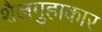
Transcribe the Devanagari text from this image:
शैलगुहाकार